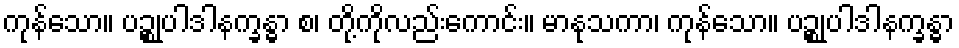
ကုန်သော။ ပဉ္စုပါဒါနက္ခန္ဓာ စ၊ တို့ကိုလည်းကောင်း။ မာနုသကာ၊ ကုန်သော။ ပဉ္စုပါဒါနက္ခန္ဓာ